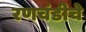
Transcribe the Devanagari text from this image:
रणचंडीचे